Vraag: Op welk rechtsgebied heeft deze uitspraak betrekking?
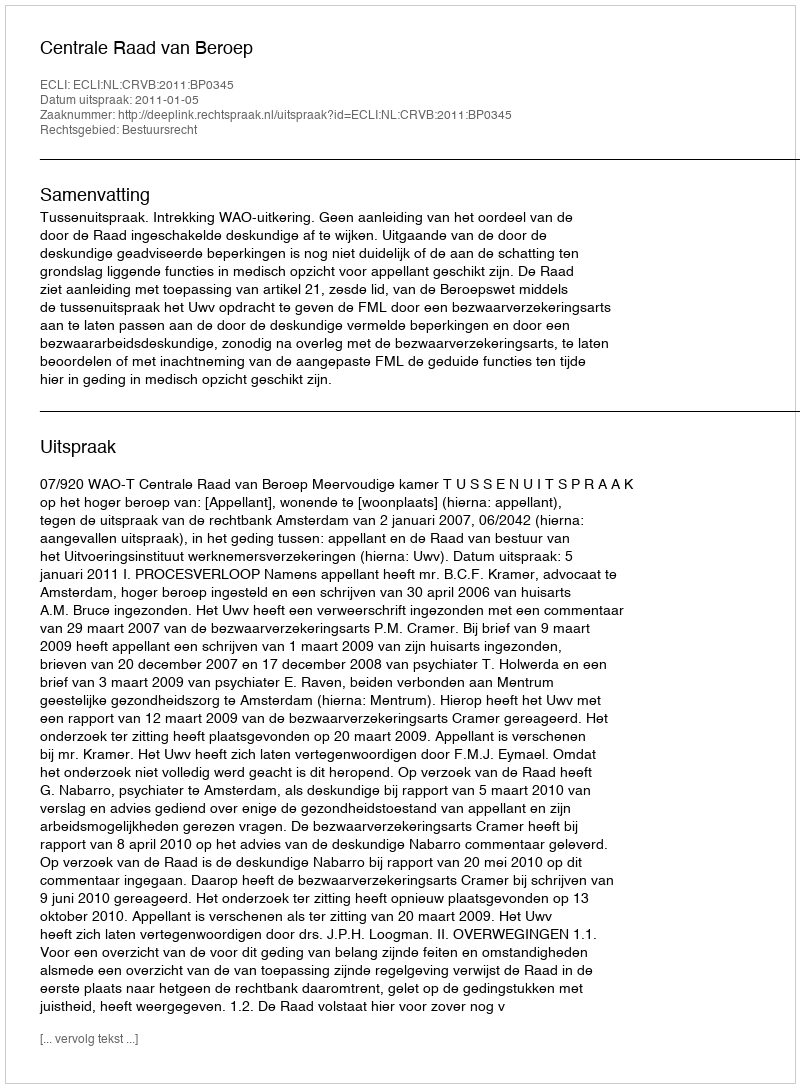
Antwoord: Bestuursrecht